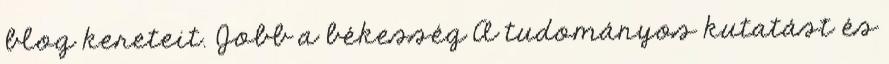
blog kereteit. Jobb a békesség A tudományos kutatást és